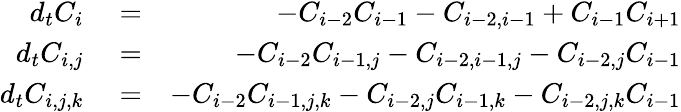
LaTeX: \begin{array}{rlr}{d_{t}C_{i}}&{{}=}&{-C_{i-2}C_{i-1}-C_{i-2,i-1}+C_{i-1}C_{i+1}}\\ {d_{t}C_{i,j}}&{{}=}&{-C_{i-2}C_{i-1,j}-C_{i-2,i-1,j}-C_{i-2,j}C_{i-1}}\\ {d_{t}C_{i,j,k}}&{{}=}&{-C_{i-2}C_{i-1,j,k}-C_{i-2,j}C_{i-1,k}-C_{i-2,j,k}C_{i-1}}\end{array}